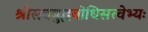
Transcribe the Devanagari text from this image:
श्रीसर्वबुद्धबोधिसत्त्वेभ्यः